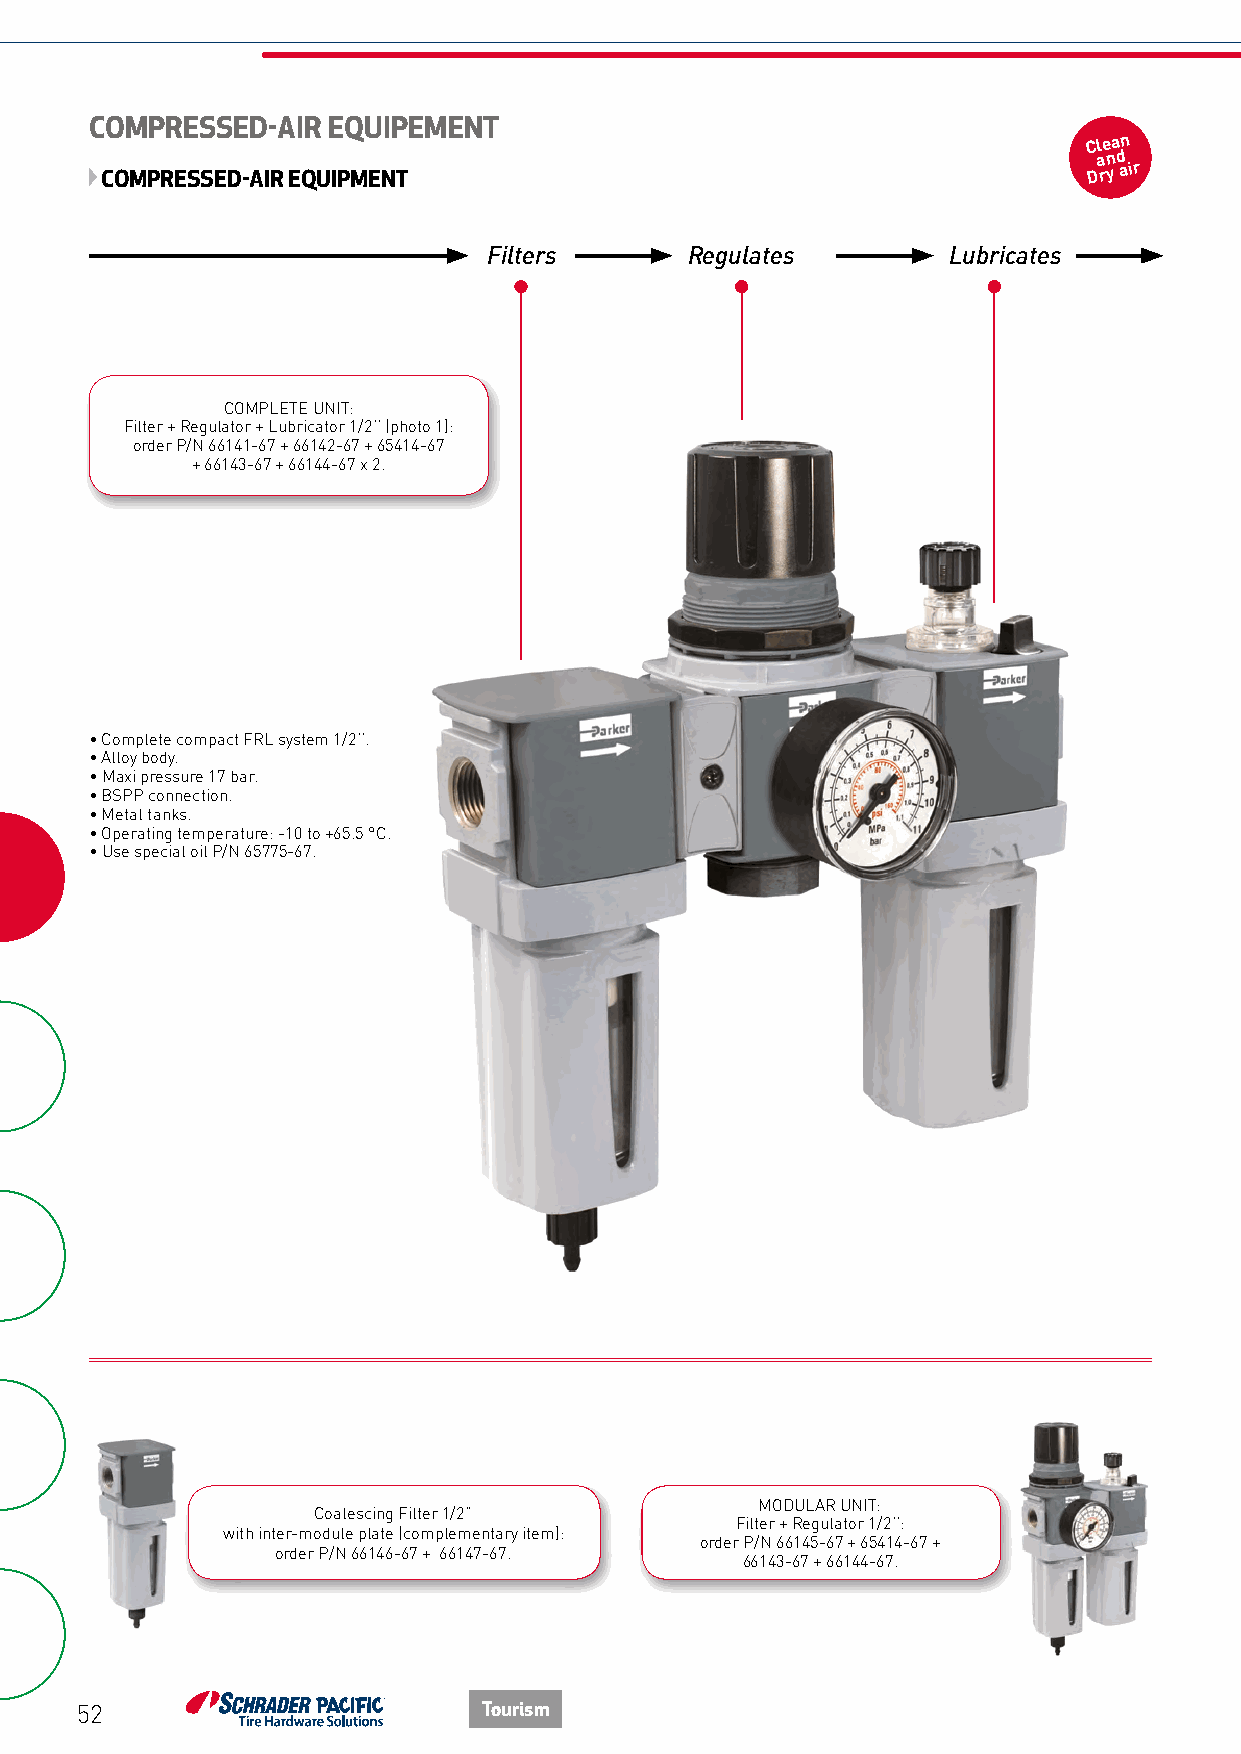
COMPRESSED-AIR  EQUIPEMENT
 Clean
 and
 COMPRESSED-AIR EQUIPMENT                                         Dry air
 Filters       Regulates        Lubricates
 COMPLETE UNIT:
 Filter + Regulator + Lubricator 1/2’’ (photo 1):
 order P/N 66141-67 + 66142-67 + 65414-67
 + 66143-67 + 66144-67 x 2.
 • Complete compact FRL system 1/2’’.
 • Alloy body.
 • Maxi pressure 17 bar.
 • BSPP connection.
 • Metal tanks.
 • Operating temperature: -10 to +65.5 °C.
 • Use special oil P/N 65775-67.
 MODULAR UNIT:
 Coalescing Filter 1/2”
 Filter + Regulator 1/2’’:
 with inter-module plate (complementary item):
 order P/N 66145-67 + 65414-67 +
 order P/N 66146-67 + 66147-67.
 66143-67 + 66144-67.
 52                         Tourism